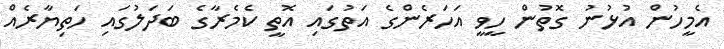
އެމީހުން އުޅުނު ގޮތުން ހީވީ އަހަރެންގެ އަތުގައި އޮތީ ކެމެރާގެ ބަދަލުގައި ހަތިޔާރެއް